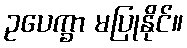
ဥပေက္ခာ မပြုနိုင်။